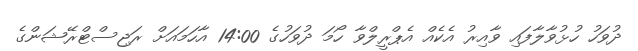
ދުވަހު ހުޅުވާލާފައި ވާއިރު އެކެއް އެޕްރީލްވާ ހޯމަ ދުވަހުގެ 14:00 އާހަމައަށް ރަޖިސްޓްރޭޝަންގެ